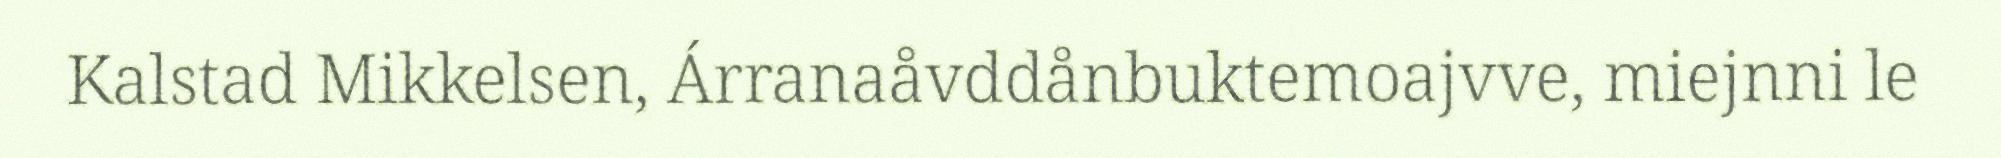
Kalstad Mikkelsen, Árranaåvddånbuktemoajvve, miejnni le